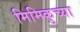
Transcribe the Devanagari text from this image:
मिमिकुच्या